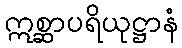
ဣစ္ဆာပရိယုဋ္ဌာနံ